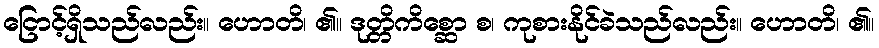
ငြောင့်ရှိသည်လည်း။ ဟောတိ၊ ၏။ ဒုတ္တိကိစ္ဆော စ၊ ကုစားနိုင်ခဲသည်လည်း။ ဟောတိ၊ ၏။